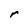
Character: r